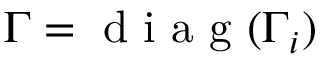
\boldsymbol { \Gamma } = \mathrm { ~ d ~ i ~ a ~ g ~ } ( \boldsymbol { \Gamma _ { i } } )